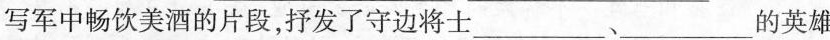
写军中畅饮美酒的片段，抒发了守边将士___、___的英雄